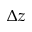
\Delta z